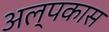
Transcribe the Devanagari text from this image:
अल्पकास